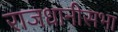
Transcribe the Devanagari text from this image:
राजधानीसभा